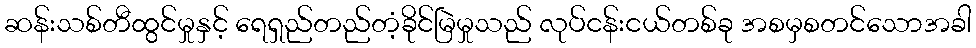
ဆန်းသစ်တီထွင်မှုနှင့် ရေရှည်တည်တံ့ခိုင်မြဲမှုသည် လုပ်ငန်းငယ်တစ်ခု အစမှစတင်သောအခါ